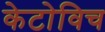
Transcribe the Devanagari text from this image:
केटोविच